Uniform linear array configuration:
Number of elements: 4
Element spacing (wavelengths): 1
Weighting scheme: blackman
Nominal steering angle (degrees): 0
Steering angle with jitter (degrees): -1.821
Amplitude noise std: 0.05
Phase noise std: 0.05

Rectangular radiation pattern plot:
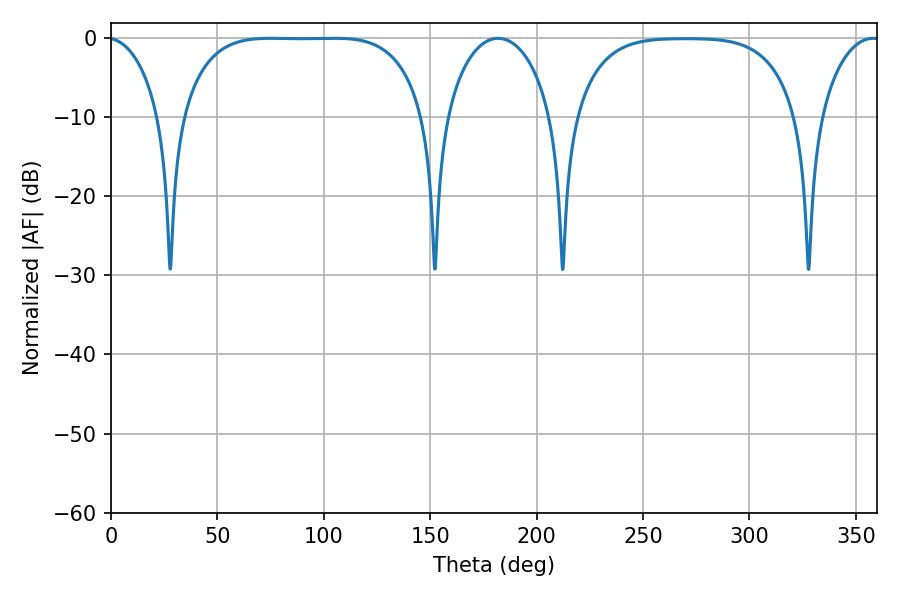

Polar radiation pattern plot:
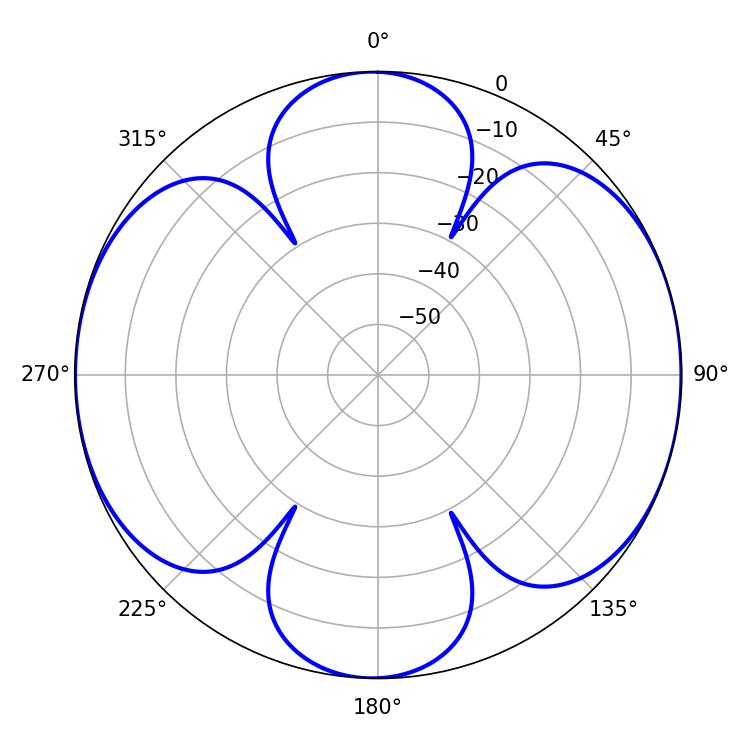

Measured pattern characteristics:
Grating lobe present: TRUE
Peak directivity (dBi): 11.602
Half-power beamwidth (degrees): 88.2
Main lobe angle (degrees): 75.24